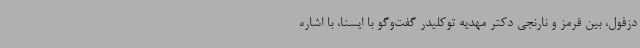
دزفول، بین قرمز و نارنجی دکتر مهدیه توکلیدر گفت‌وگو با ایسنا، با اشاره